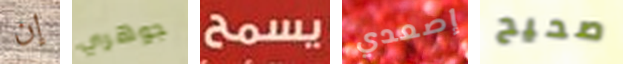
إن جوهري يسمح إصعدي صحيح